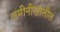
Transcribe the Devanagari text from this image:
जमीनीखालील